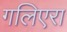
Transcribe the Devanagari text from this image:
गलिएरा